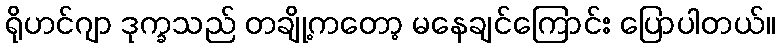
ရိုဟင်ဂျာ ဒုက္ခသည် တချို့ကတော့ မနေချင်ကြောင်း ပြောပါတယ်။